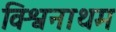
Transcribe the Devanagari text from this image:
विश्वनाथम